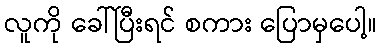
လူကို ခေါ်ပြီးရင် စကား ပြောမှပေါ့။